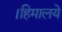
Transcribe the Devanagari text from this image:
।हिमालये